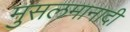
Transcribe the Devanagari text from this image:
मुसलमानादी